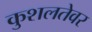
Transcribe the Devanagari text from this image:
कुशलतेवर